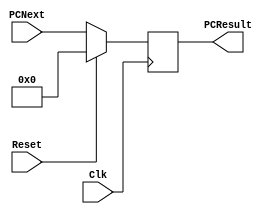
module ProgramCounter(PCNext, PCResult, Reset, Clk);
	input [31:0] PCNext;
	input Reset, Clk;
	output reg [31:0] PCResult;

	initial begin	
		PCResult <= 32'h00000000;
	end

    always @(posedge Clk)
    	if (Reset == 1)
    		PCResult <= 32'h00000000;
    	else
			//if (PCWrite == 1)
			PCResult <= PCNext;
		//$display("PC=%h",PCResult);
endmodule